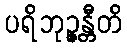
ပရိဘုဉ္ဇန္တီတိ